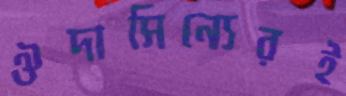
ঔদাসিন্যেরই